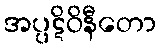
အပ္ပဋိဝိနီတော